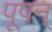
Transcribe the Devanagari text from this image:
पूषन्